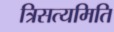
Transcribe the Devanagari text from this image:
त्रिसत्यमिति